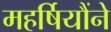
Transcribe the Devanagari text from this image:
महर्षियौंने